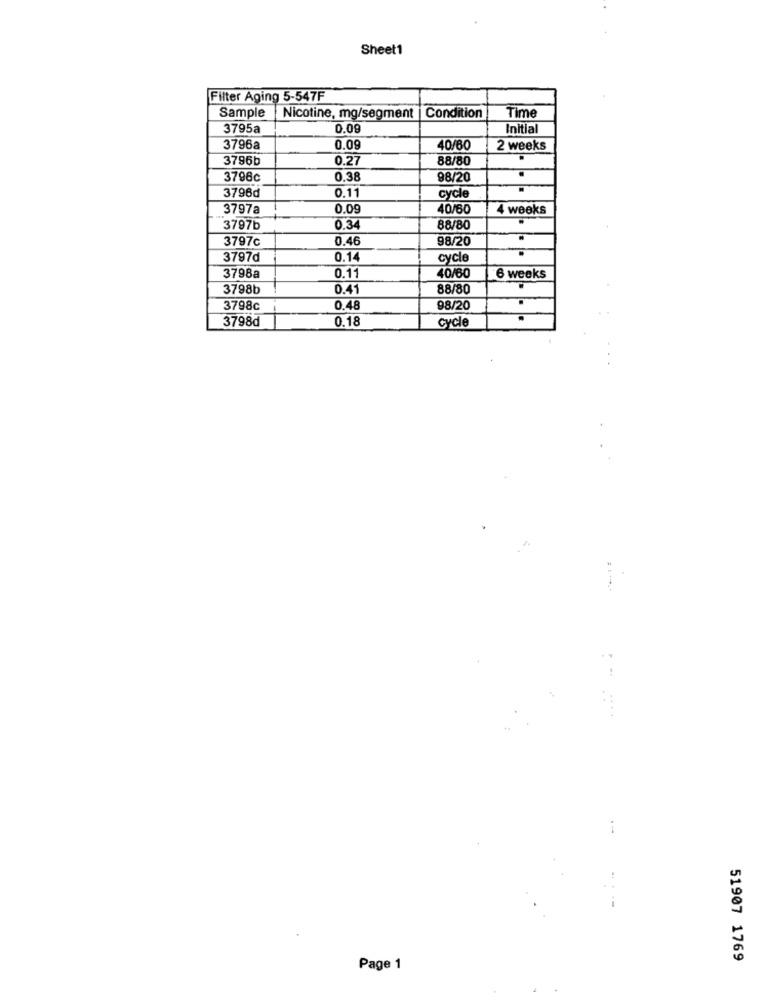
Sheet1
Filter Aging 5-547F
Sample
Nicotine, mg/segment | Condition
Time
3795a
0.09
Initial
3796a
0.09
40/60
2 weeks
3796b
0.27
88/80
3798c
0.3
98/20
3796d
0.11
cycle
3797a
0.09
40/60
4 weeks
3797b
0.34
88/80
3797c
0.46
98/20
3797d
0.14
cycle
3798a
0.1
40/60
6 weeks
3798b
0.41
88/80
3798c
0.48
98/20
3798d
0.18
cycle
51907 1769
Page 1